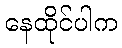
နေထိုင်ပါက